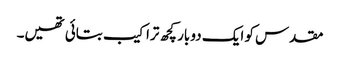
مقدس کو ایک دو بار کچھ تراکیب بتائی تھیں۔